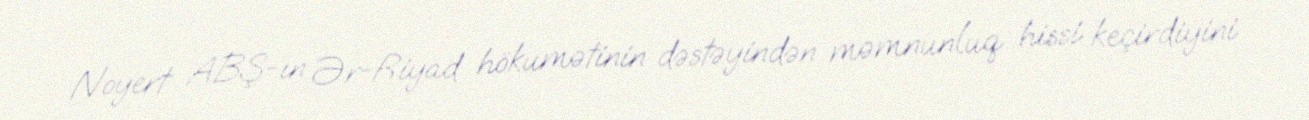
Noyert ABŞ-ın Ər-Riyad hökumətinin dəstəyindən məmnunluq hissi keçirdiyini